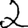
Digit: 2